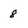
Character: 8